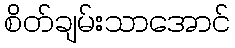
စိတ်ချမ်းသာအောင်